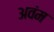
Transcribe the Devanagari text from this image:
अवंम